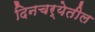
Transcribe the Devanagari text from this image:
दिनचर्येतील